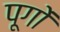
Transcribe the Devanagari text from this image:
पूगों